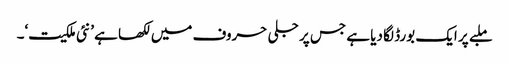
ملبے پر ایک بورڈ لگا دیا ہے جس پر جلی حروف میں لکھا ہے ’نئی ملکیت‘۔